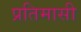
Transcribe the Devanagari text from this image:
प्रतिमासी